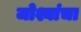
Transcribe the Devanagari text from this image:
जोश्यांचा